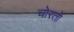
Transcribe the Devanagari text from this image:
चोरतो